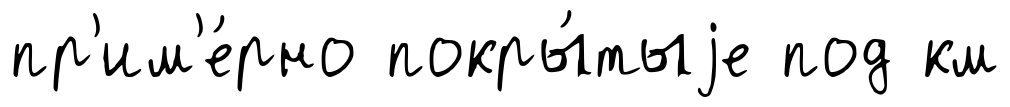
пр'им'е́рно покры́тыjе под км